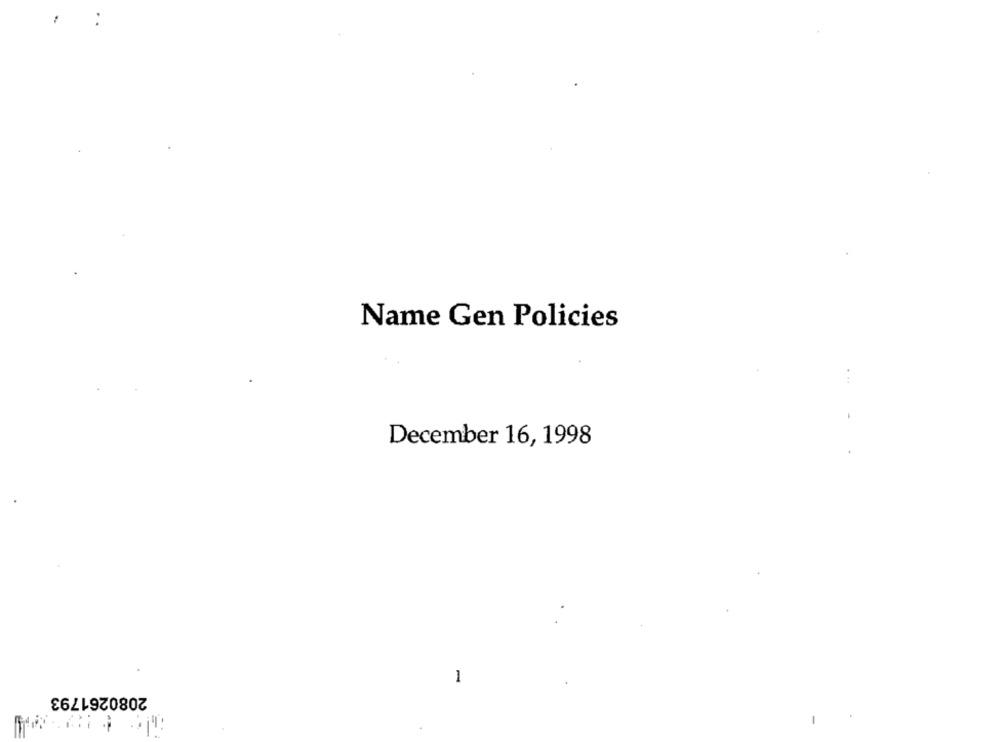
Name Gen Policies
December 16, 1998
1
2080261793